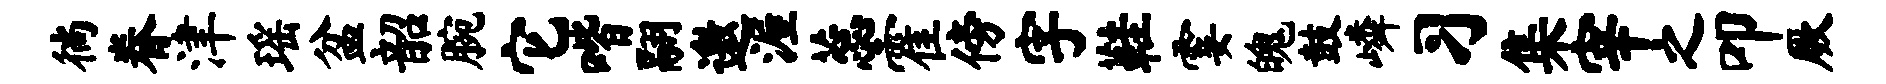
徜眷津瑶盆韶腕它喈翮邀渥蕊霍傍字鞋霎魄鼓嶙习集宰之叩厥